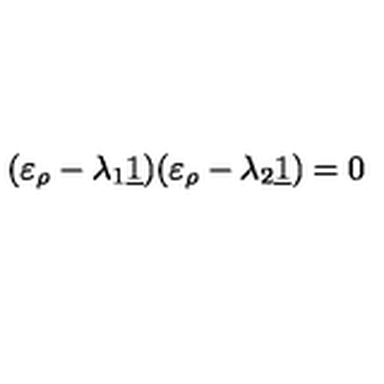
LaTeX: ( \varepsilon _ { \rho } - \lambda _ { 1 } \underline { { 1 } } ) ( \varepsilon _ { \rho } - \lambda _ { 2 } \underline { { 1 } } ) = 0